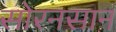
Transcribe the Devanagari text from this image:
सोरनसान